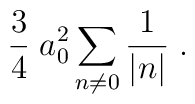
{3\over{4}}\; a_0^2\sum_{n\neq 0} {1\over{|n|}} \; .